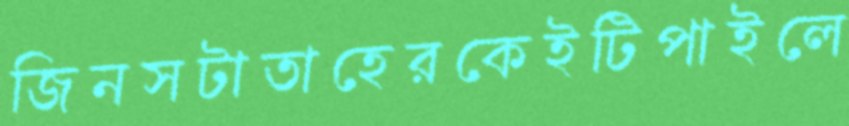
জিনসটাতাহেরকেইটিপাইলে